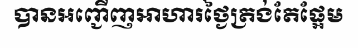
បានអញ្ជើញអាហារថ្ងៃត្រង់តែផ្អែម